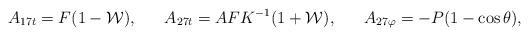
LaTeX: \begin{align*}A_{17t} = F (1 - {\cal W}), \ \ \ \ \ A_{27t} = A F K^{-1} (1 + {\cal W}), \ \ \ \ \ A_{27 \varphi} = -P (1 - \cos \theta),\end{align*}